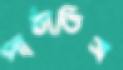
পাঠাতিস